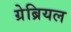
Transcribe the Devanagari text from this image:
ग्रेब्रियल